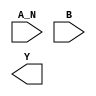
module sky130_fd_sc_hdll__nand2b (
    //# {{data|Data Signals}}
    input  A_N,
    input  B  ,
    output Y
);

    // Voltage supply signals
    supply1 VPWR;
    supply0 VGND;
    supply1 VPB ;
    supply0 VNB ;

endmodule